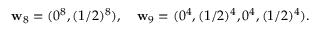
{ \bf w } _ { 8 } = ( 0 ^ { 8 } , ( 1 / 2 ) ^ { 8 } ) , \quad { \bf w } _ { 9 } = ( 0 ^ { 4 } , ( 1 / 2 ) ^ { 4 } , 0 ^ { 4 } , ( 1 / 2 ) ^ { 4 } ) .